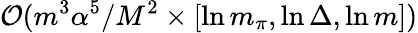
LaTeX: \mathcal{O}(m^{3}\alpha^{5}/M^{2}\times\left[\ln m_{\pi},\ln\Delta,\ln m\right])